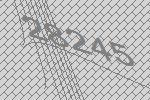
28245